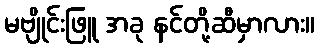
မဗျိုင်းဖြူ အခု နင်တို့ဆီမှာလား။